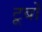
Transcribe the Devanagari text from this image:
टूर्बो